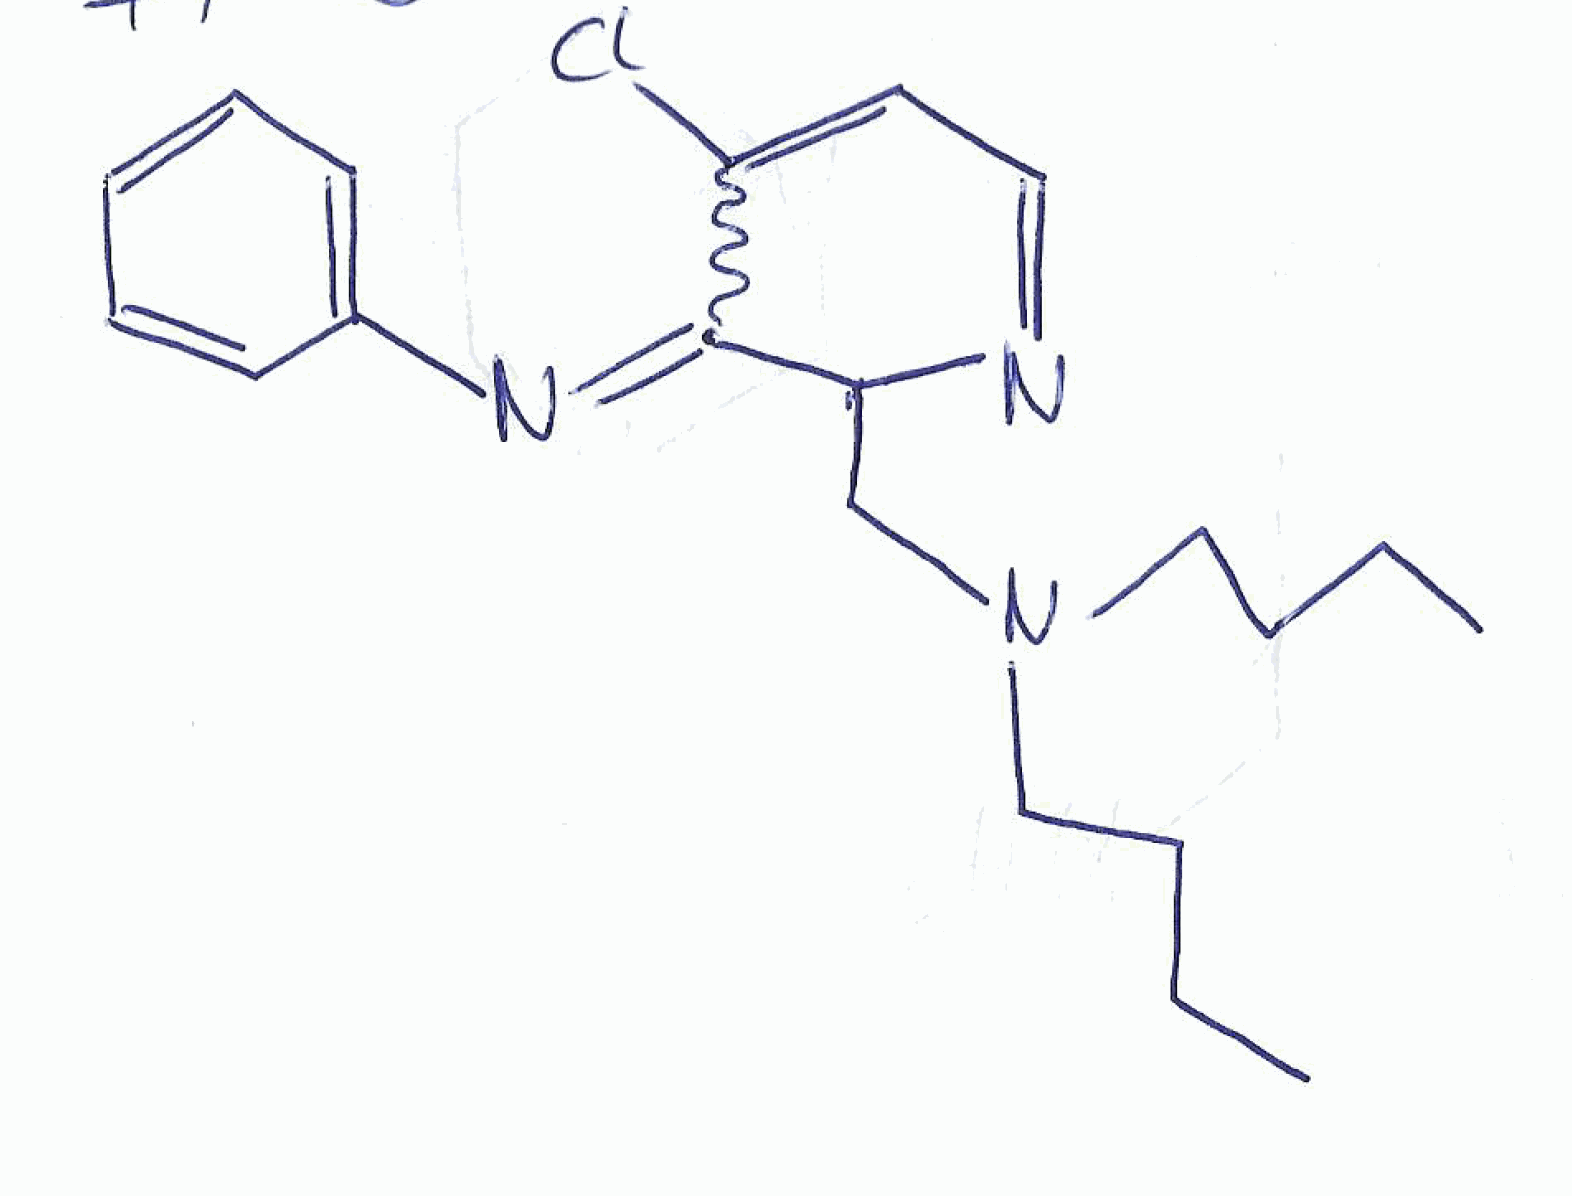
Simplified molecular-input line-entry system (SMILES) notation of the given molecule:
CCCCN(CCCC)CC1C(=NC2=CC=CC=C2)C(=CC=N1)Cl